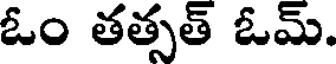
ఓం తత్సత్ ఓమ్.